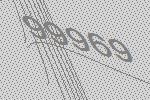
99969